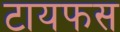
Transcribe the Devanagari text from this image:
टायफस